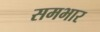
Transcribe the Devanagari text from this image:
समभार